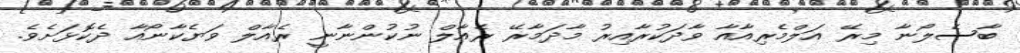
ބާސެލޯނާ މިރޭ އަލްމެރިއާއާ ވާދަކުރާއިރު މާދަމާރޭ ރެއާލް ނުކުންނާނީ ރެއާލް ވަޔެކާނޯއާ ދެކޮޅަށެވެ.